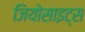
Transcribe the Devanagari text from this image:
जियोसाइट्स